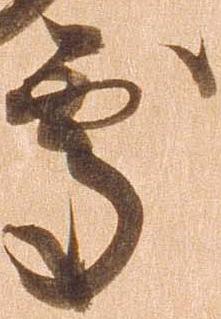
処